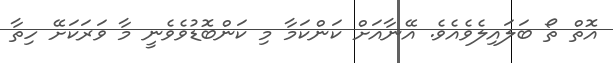
އޮތް ތޯ ބަލައިލެވެއެވެ. އޭނާއަށް ކަންކަމާ މި ކަންބޮޑުވެވެނީ މާ ވަރަކަށޭ ހިތާ